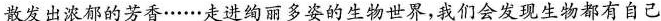
散发出浓郁的芳香……走进绚丽多姿的生物世界，我们会发现生物都有自己的